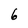
Character: 6